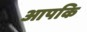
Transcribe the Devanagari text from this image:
आपकि